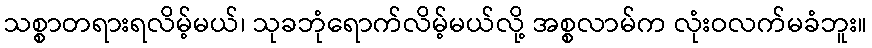
သစ္စာတရားရလိမ့်မယ်၊ သုခဘုံရောက်လိမ့်မယ်လို့ အစ္စလာမ်က လုံးဝလက်မခံဘူး။